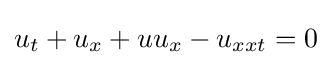
\displaystyle u_{t}+u_{x}+uu_{x}-u_{xxt}=0